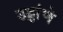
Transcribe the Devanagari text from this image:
उड्डांणे